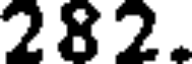
282.